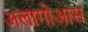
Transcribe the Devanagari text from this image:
अलागोआस